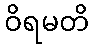
ဝိရမတိ